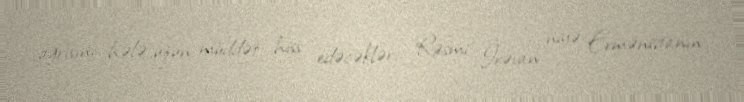
ağrısını hələ uzun müddət hiss edəcəklər... Rəsmi İrəvan niyə Ermənistanın